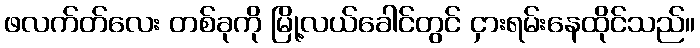
ဖလက်တ်လေး တစ်ခုကို မြို့လယ်ခေါင်တွင် ငှားရမ်းနေထိုင်သည်။